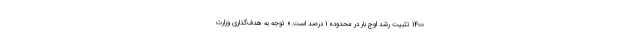
1400 تثبیت رشد اوج بار در محدوده 1 درصد است.» توجه به هدف‌گذاری وزارت